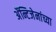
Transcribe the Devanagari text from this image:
अॅन्टिजेनांच्या